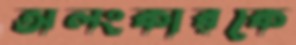
অলংকারকে